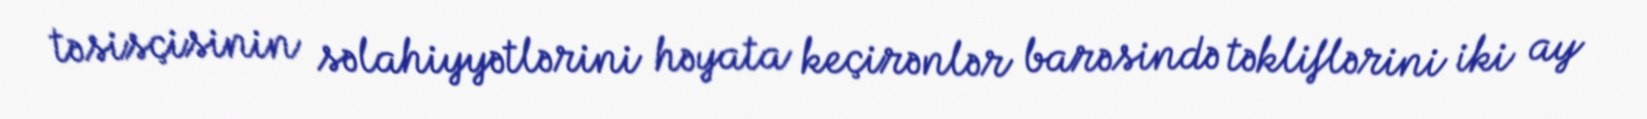
təsisçisinin səlahiyyətlərini həyata keçirənlər barəsində təkliflərini iki ay